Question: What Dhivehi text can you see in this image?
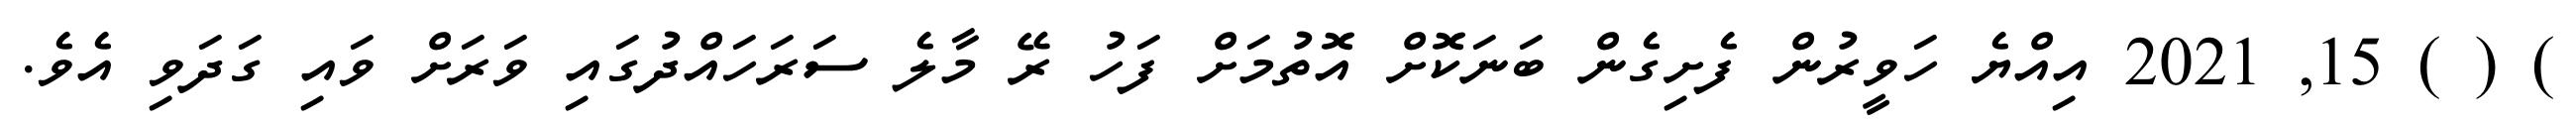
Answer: ) ( ) 15, 2021 އިއްޔެ ހަވީރުން ފެށިގެން ބަނަކޮށް އޮތުމަށް ފަހު ރޭ މާލެ ސަރަހައްދުގައި ވަރަށް ވައި ގަދަވި އެވެ.